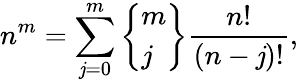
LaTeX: n^{m}=\sum_{\mathit{j}=0}^{m}\left\{ {\begin{array}{l}{m}\\ {j}\end{array}}\right\} {\frac{{n!}}{{(n-\mathit{j})!}}},